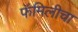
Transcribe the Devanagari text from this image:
फॅमिलीचा